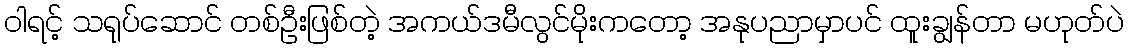
ဝါရင့် သရုပ်ဆောင် တစ်ဦးဖြစ်တဲ့ အကယ်ဒမီလွင်မိုးကတော့ အနုပညာမှာပင် ထူးချွန်တာ မဟုတ်ပဲ